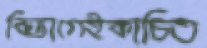
বিভাগেইকাচিত